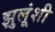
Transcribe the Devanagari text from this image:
झुलूंशी